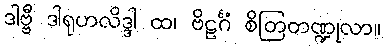
ဒါဗ္ဗီ ဒါရုဟလိဒ္ဒါ ထ၊ ဗိဠင်္ဂံ စိတြတဏ္ဍုလာ။